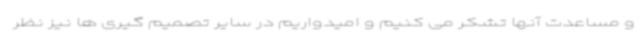
و مساعدت آنها تشکر می کنیم و امیدواریم در سایر تصمیم گیری ها نیز نظر